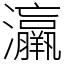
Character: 𤅀